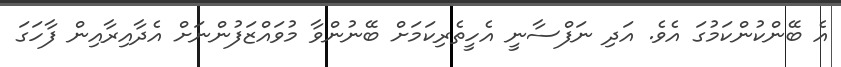
އެ ބޭންކުންކަމުގަ އެވެ. އަދި ނަފްސާނީ އެހީތެރިކަމަށް ބޭނުންވާ މުވައްޒަފުންނަށް އެދާއިރާއިން ފާހަގަ